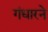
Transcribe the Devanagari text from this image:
गंधारने